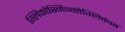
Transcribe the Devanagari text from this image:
ग्लिकोस्मिन्गोग्लिकंस